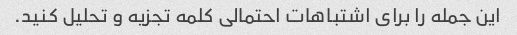
این جمله را برای اشتباهات احتمالی کلمه تجزیه و تحلیل کنید.